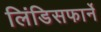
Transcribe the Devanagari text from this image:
लिंडिसफार्ने